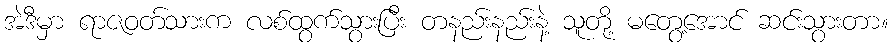
အဲဒီမှာ ရာဇဝတ်သားက လစ်ထွက်သွားပြီး တနည်းနည်းနဲ့ သူတို့ မတွေ့အောင် ဆင်းသွားတာ။